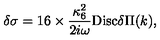
\delta \sigma = 1 6 \times \frac { \kappa _ { 6 } ^ { 2 } } { 2 i \omega } \mathrm { D i s c } \delta \Pi ( k ) ,